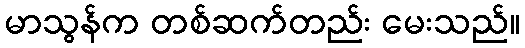
မာသွန်က တစ်ဆက်တည်း မေးသည်။